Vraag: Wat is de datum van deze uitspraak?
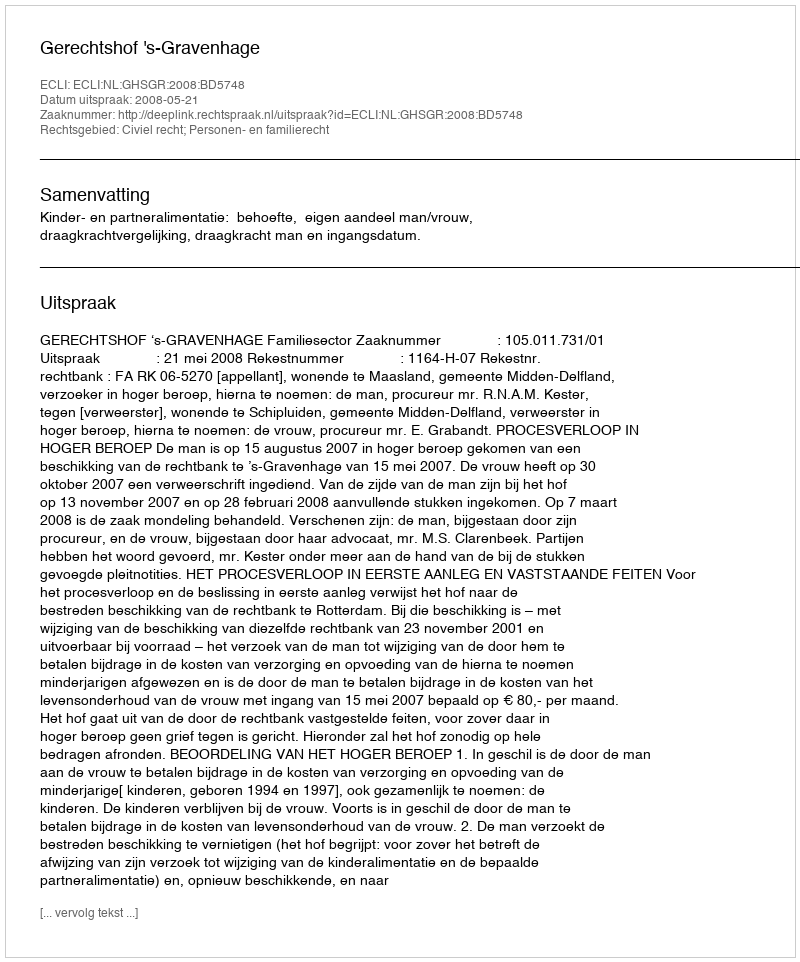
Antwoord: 2008-05-21